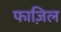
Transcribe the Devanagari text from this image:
फाज़िल